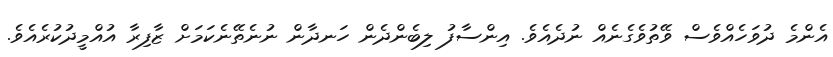
އެންމެ ދުވަހެއްވެސް ވޭތުވެގެނެއް ނުދެއެވެ. އިންސާފު ލިބެންދެން ހަނދާން ނުނެތޭނެކަމަށް ޒާފިރާ އުއްމީދުކުރެއެވެ.